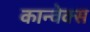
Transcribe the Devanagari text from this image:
कान्वेक्स